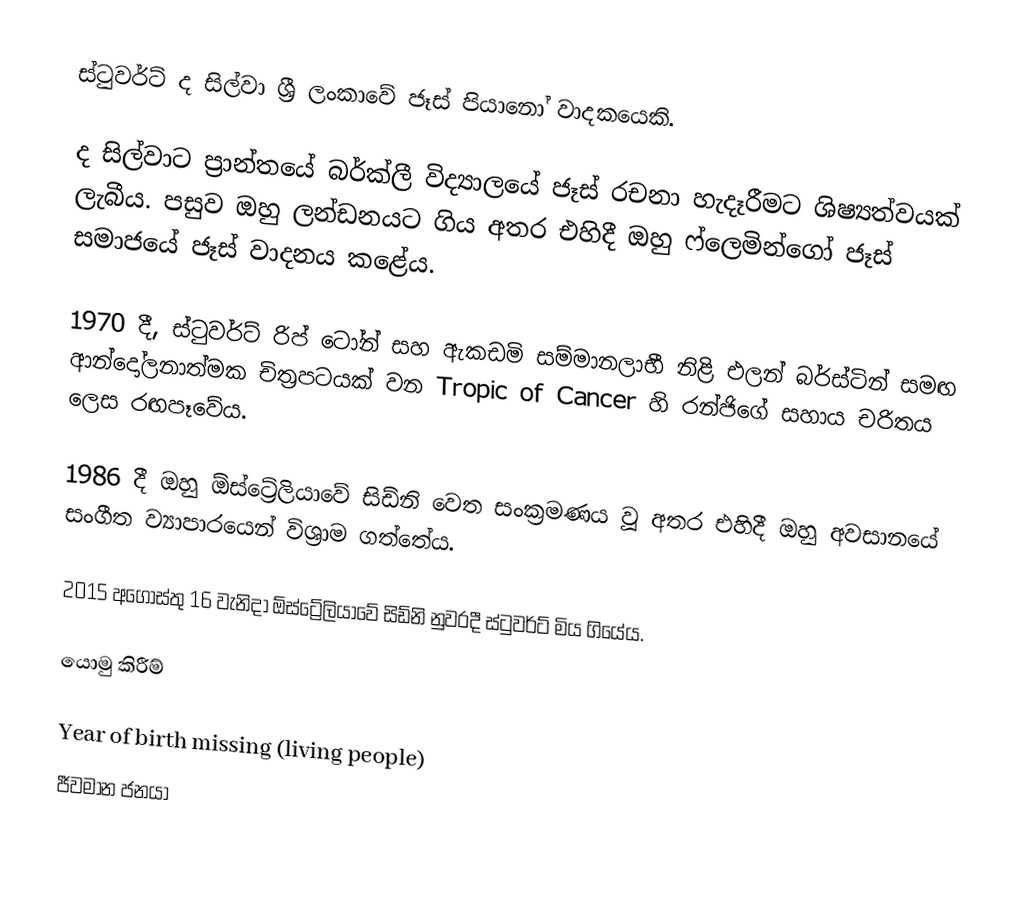
ස්ටුවර්ට් ද සිල්වා ශ්‍රී ලංකාවේ ජෑස් පියානෝ වාදකයෙකි.

ද සිල්වාට ප්‍රාන්තයේ බර්ක්ලී විද්‍යාලයේ ජෑස් රචනා හැදෑරීමට ශිෂ්‍යත්වයක් ලැබීය. පසුව ඔහු ලන්ඩනයට ගිය අතර එහිදී ඔහු ෆ්ලෙමින්ගෝ ජෑස් සමාජයේ ජෑස් වාදනය කළේය.

1970 දී, ස්ටුවර්ට් රිප් ටෝන් සහ ඇකඩමි සම්මානලාභී නිළි එලන් බර්ස්ටින් සමඟ ආන්දෝලනාත්මක චිත්‍රපටයක් වන Tropic of Cancer  හි රන්ජිගේ සහාය චරිතය ලෙස රඟපෑවේය.

1986 දී ඔහු ඕස්ට්‍රේලියාවේ සිඩ්නි වෙත සංක්‍රමණය වූ අතර එහිදී ඔහු අවසානයේ සංගීත ව්‍යාපාරයෙන් විශ්‍රාම ගත්තේය.

2015 අගෝස්තු 16 වැනිදා ඕස්ට්‍රේලියාවේ සිඩ්නි නුවරදී ස්ටුවර්ට් මිය ගියේය.

යොමු කිරීම්

Year of birth missing (living people)
ජීවමාන ජනයා